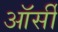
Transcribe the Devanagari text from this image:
ऑर्सी